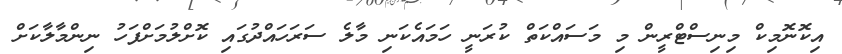
އިކޮނޮމިކް މިނިސްޓްރީން މި މަސައްކަތް ކުރަނީ ހަމައެކަނި މާލެ ސަރަހައްދުގައި ކޮށްލުމަށްފަހު ނިންމާލާކަށް